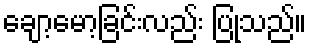
ချော့မော့ခြင်းလည်း ပြုသည်။